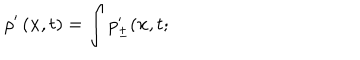
LaTeX: \rho ^ { \prime } \left( { \bf x } , t \right) = \int p _ { \pm } ^ { \prime } ( { \bf x } , t ;